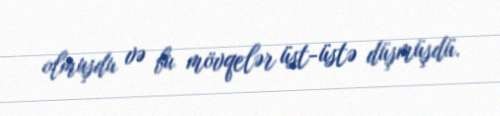
olmuşdu və bu mövqelər üst-üstə düşmüşdü.